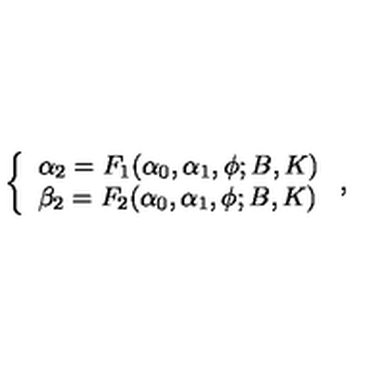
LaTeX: \left\{ \begin{array} { l l } { \alpha _ { 2 } = F _ { 1 } ( \alpha _ { 0 } , \alpha _ { 1 } , \phi ; B , K ) } \\ { \beta _ { 2 } = F _ { 2 } ( \alpha _ { 0 } , \alpha _ { 1 } , \phi ; B , K ) } \\ \end{array} \right. ,